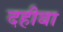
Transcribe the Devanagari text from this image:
दहीबा